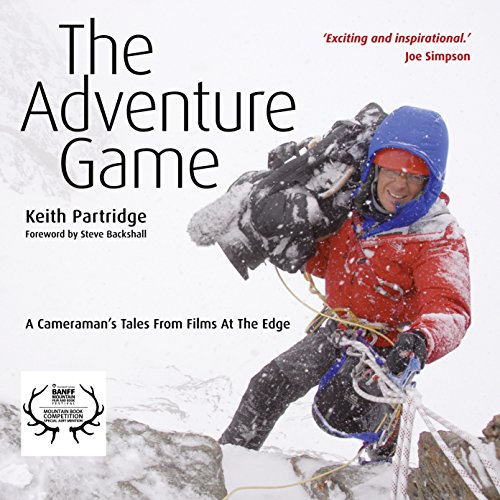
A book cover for The Adventure Game; Keith Partridge; Sports & Outdoors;